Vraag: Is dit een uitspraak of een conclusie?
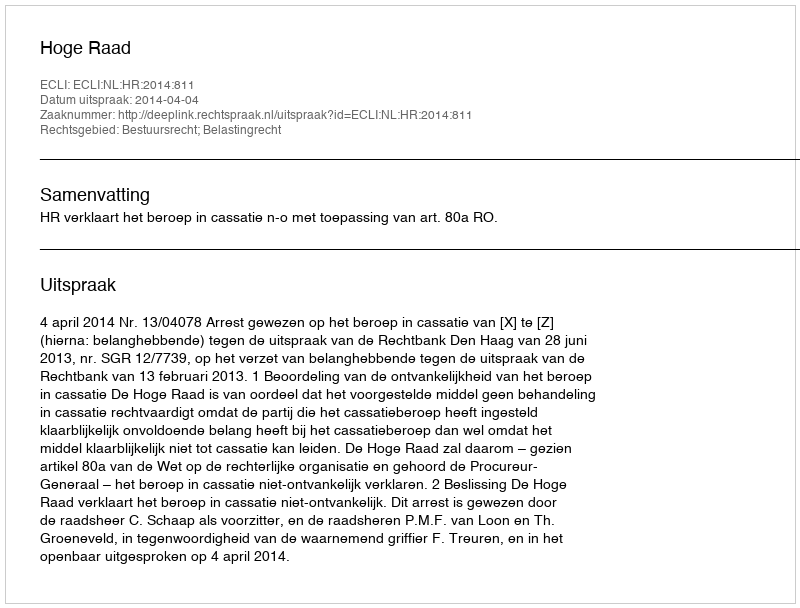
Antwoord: Uitspraak